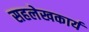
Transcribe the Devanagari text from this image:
सहलेखकार्य